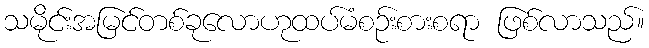
သမိုင်းအမြင်တစ်ခုလောဟုထပ်မံစဉ်းစားစရာ ဖြစ်လာသည်။